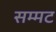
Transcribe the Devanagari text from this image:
सम्मट